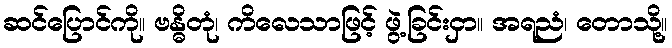
ဆင်ပြောင်ကို။ ဗန္ဓိတုံ၊ ကိလေသာဖြင့် ဖွဲ့ခြင်းငှာ။ အရညံ၊ တောသို့။